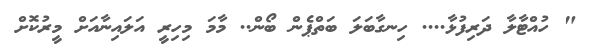
" ހުއްޓާލާ ދަރިފުޅާ.... ހިނގާބަލަ ބަތްޕެން ބޯން.. މާމަ މިހިރީ އަލައިނާއަށް މީރުކޮށް